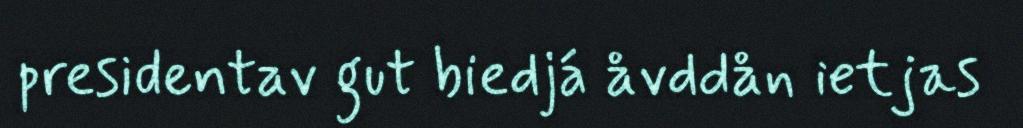
presidentav gut biedjá åvddån ietjas